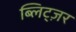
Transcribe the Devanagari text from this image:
ब्लिट्ज़र